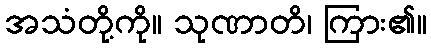
အသံတို့ကို။ သုဏာတိ၊ ကြား၏။